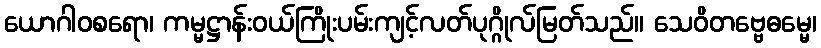
ယောဂါဝစရော၊ ကမ္မဋ္ဌာန်းဝယ်ကြိုးပမ်းကျင့်လတ်ပုဂ္ဂိုလ်မြတ်သည်။ သေဝိတဗ္ဗေဓမ္မေ၊